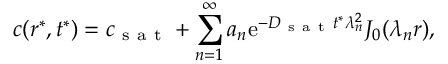
c ( r ^ { * } , t ^ { * } ) = c _ { \mathrm { ~ s ~ a ~ t ~ } } + \sum _ { n = 1 } ^ { \infty } a _ { n } \mathrm { e } ^ { - D _ { \mathrm { ~ s ~ a ~ t ~ } } t ^ { * } \lambda _ { n } ^ { 2 } } J _ { 0 } ( \lambda _ { n } r ) ,